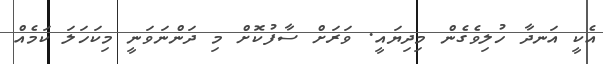
އެކީ އަނދާ ހުލިވެގެން މިދިޔައީ. ވަރަށް ސާފުކޮށް މި ދަންނަވަނީ މިކަހަލަ ކަމެއް